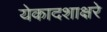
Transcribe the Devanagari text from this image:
येकादशाक्षरे